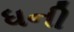
ધની